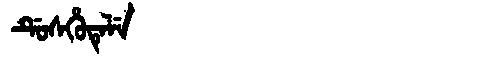
Manchu: ᡩᡠᠰᡥᡠᡨᡝᠯᡝ
Romanization: DUSHUTELE